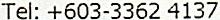
TEL: +603-3362 4137